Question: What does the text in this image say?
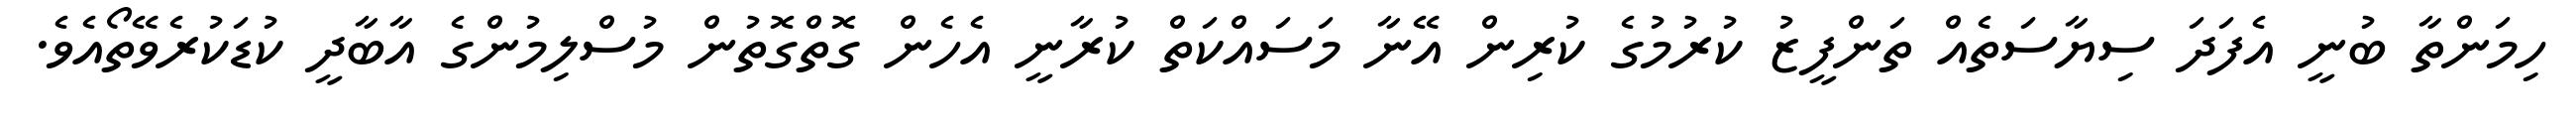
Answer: ހިމަންތާ ބުނީ އެފަދަ ސިޔާސަތެއް ތަންފީޒު ކުރުމުގެ ކުރިން އޭނާ މަސައްކަތް ކުރާނީ އެހެން ގޮތްގޮތުން މުސްލިމުންގެ އާބާދީ ކުޑަކުރެވޭތޯއެވެ.